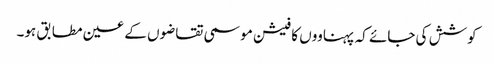
کوشش کی جائے کہ پہناووں کا فیشن موسمی تقاضوں کے عین مطابق ہو۔